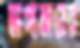
ভাগ্যজয়ের